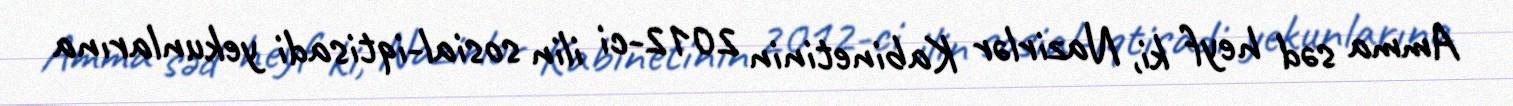
Amma səd heyf ki, Nazirlər Kabinetinin 2012-ci ilin sosial-iqtisadi yekunlarına